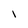
Character: l